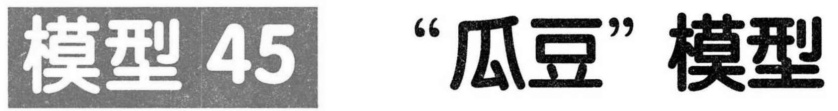
模型 45 “瓜豆”模型